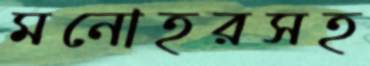
মনোহরসহ